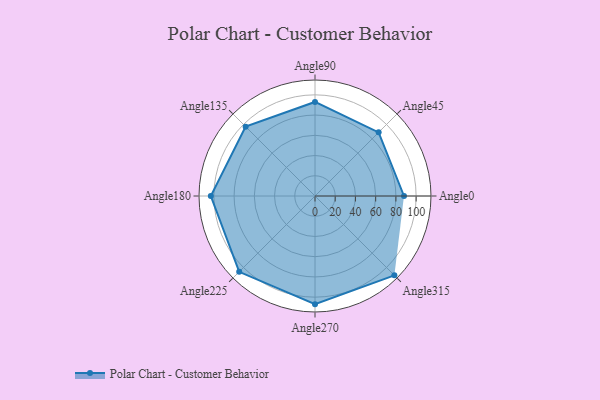
{"axis": {"x": "Angle", "y": "Radius"}, "legend": [""], "data": [{"x": "Angle0", "y": 88.0, "type": ""}, {"x": "Angle45", "y": 89.0, "type": ""}, {"x": "Angle90", "y": 93.0, "type": ""}, {"x": "Angle135", "y": 97.0, "type": ""}, {"x": "Angle180", "y": 103.0, "type": ""}, {"x": "Angle225", "y": 106.0, "type": ""}, {"x": "Angle270", "y": 107.0, "type": ""}, {"x": "Angle315", "y": 111.0, "type": ""}]}